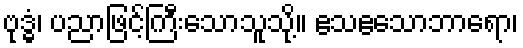
ဗုဒ္ဓံ၊ ပညာဖြင့်ကြီးသောသူသို့။ ဧသဧသောဘာရော၊